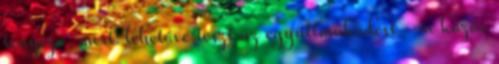
tényező, mert: lehetővé teszi az együttműködést – a közös